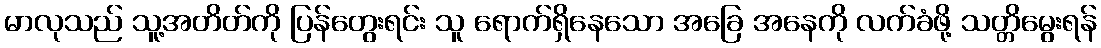
မာလုသည် သူ့အတိတ်ကို ပြန်တွေးရင်း သူ ရောက်ရှိနေသော အခြေ အနေကို လက်ခံဖို့ သတ္တိမွေးရန်